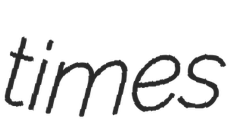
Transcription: times